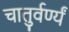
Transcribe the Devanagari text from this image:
चातुर्वर्ण्यं